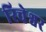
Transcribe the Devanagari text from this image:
रिचेश्वर